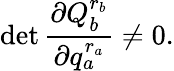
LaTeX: \operatorname*{det}\frac{\partial Q_{b}^{r_{b}}}{\partial q_{a}^{r_{a}}}\neq 0.